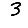
Digit: 3